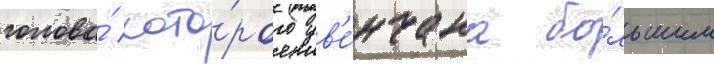
голова́ кото́рого ув'е́нчана бо́льшим